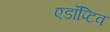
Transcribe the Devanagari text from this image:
एडॉप्टिव